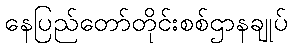
နေပြည်တော်တိုင်းစစ်ဌာနချုပ်